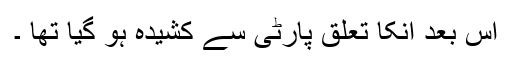
اس بعد انکا تعلق پارٹی سے کشیدہ ہو گیا تھا ۔